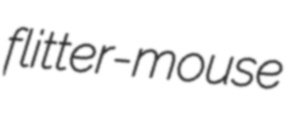
flitter-mouse